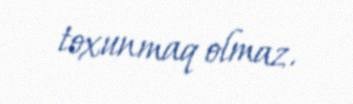
toxunmaq olmaz.